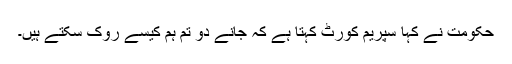
حکومت نے کہا سپریم کورٹ کہتا ہے کہ جانے دو تم ہم کیسے روک سکتے ہیں۔